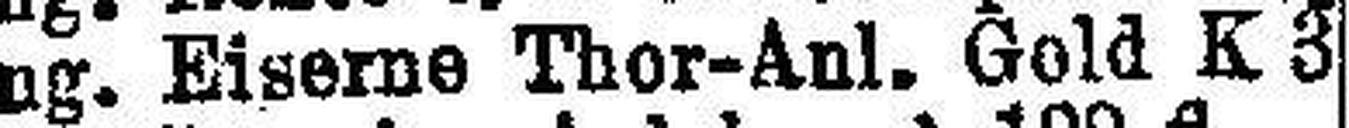
Ung. Eiserne Thor-Anl. Gold K 3